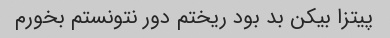
پیتزا بیکن بد بود ریختم دور نتونستم بخورم